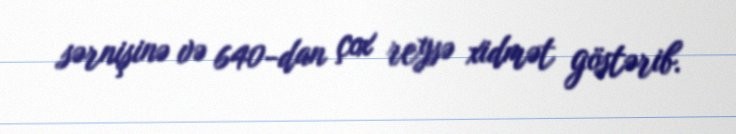
sərnişinə və 640-dan çox reysə xidmət göstərib.